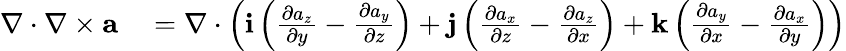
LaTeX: \begin{array}{rl}{\nabla\cdot\nabla\times{\mathbf a}}&{{}=\nabla\cdot\left({\mathbf i}\left(\frac{\partial a_{z}}{\partial y}-\frac{\partial a_{y}}{\partial z}\right)+{\mathbf j}\left(\frac{\partial a_{x}}{\partial z}-\frac{\partial a_{z}}{\partial x}\right)+{\mathbf k}\left(\frac{\partial a_{y}}{\partial x}-\frac{\partial a_{x}}{\partial y}\right)\right)}\end{array}